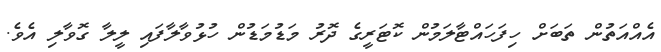
އެއްއަތުން ތަބަށް ހިފަހައްޓާލަމުން ކޮޓަރީގެ ދޮރު މަޑުމަޑުން ހުޅުވާލާފައި ލީލާ ގޮވާލި އެވެ.